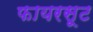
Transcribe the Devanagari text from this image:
फायरसूट